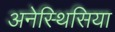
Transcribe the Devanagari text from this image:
अनेस्थिसिया